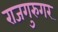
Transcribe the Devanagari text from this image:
राजगुरुगर